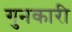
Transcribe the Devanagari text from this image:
गुनकारी